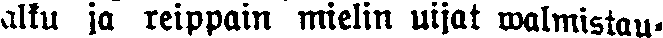
alku ja reippain mielin uijat walmistau-